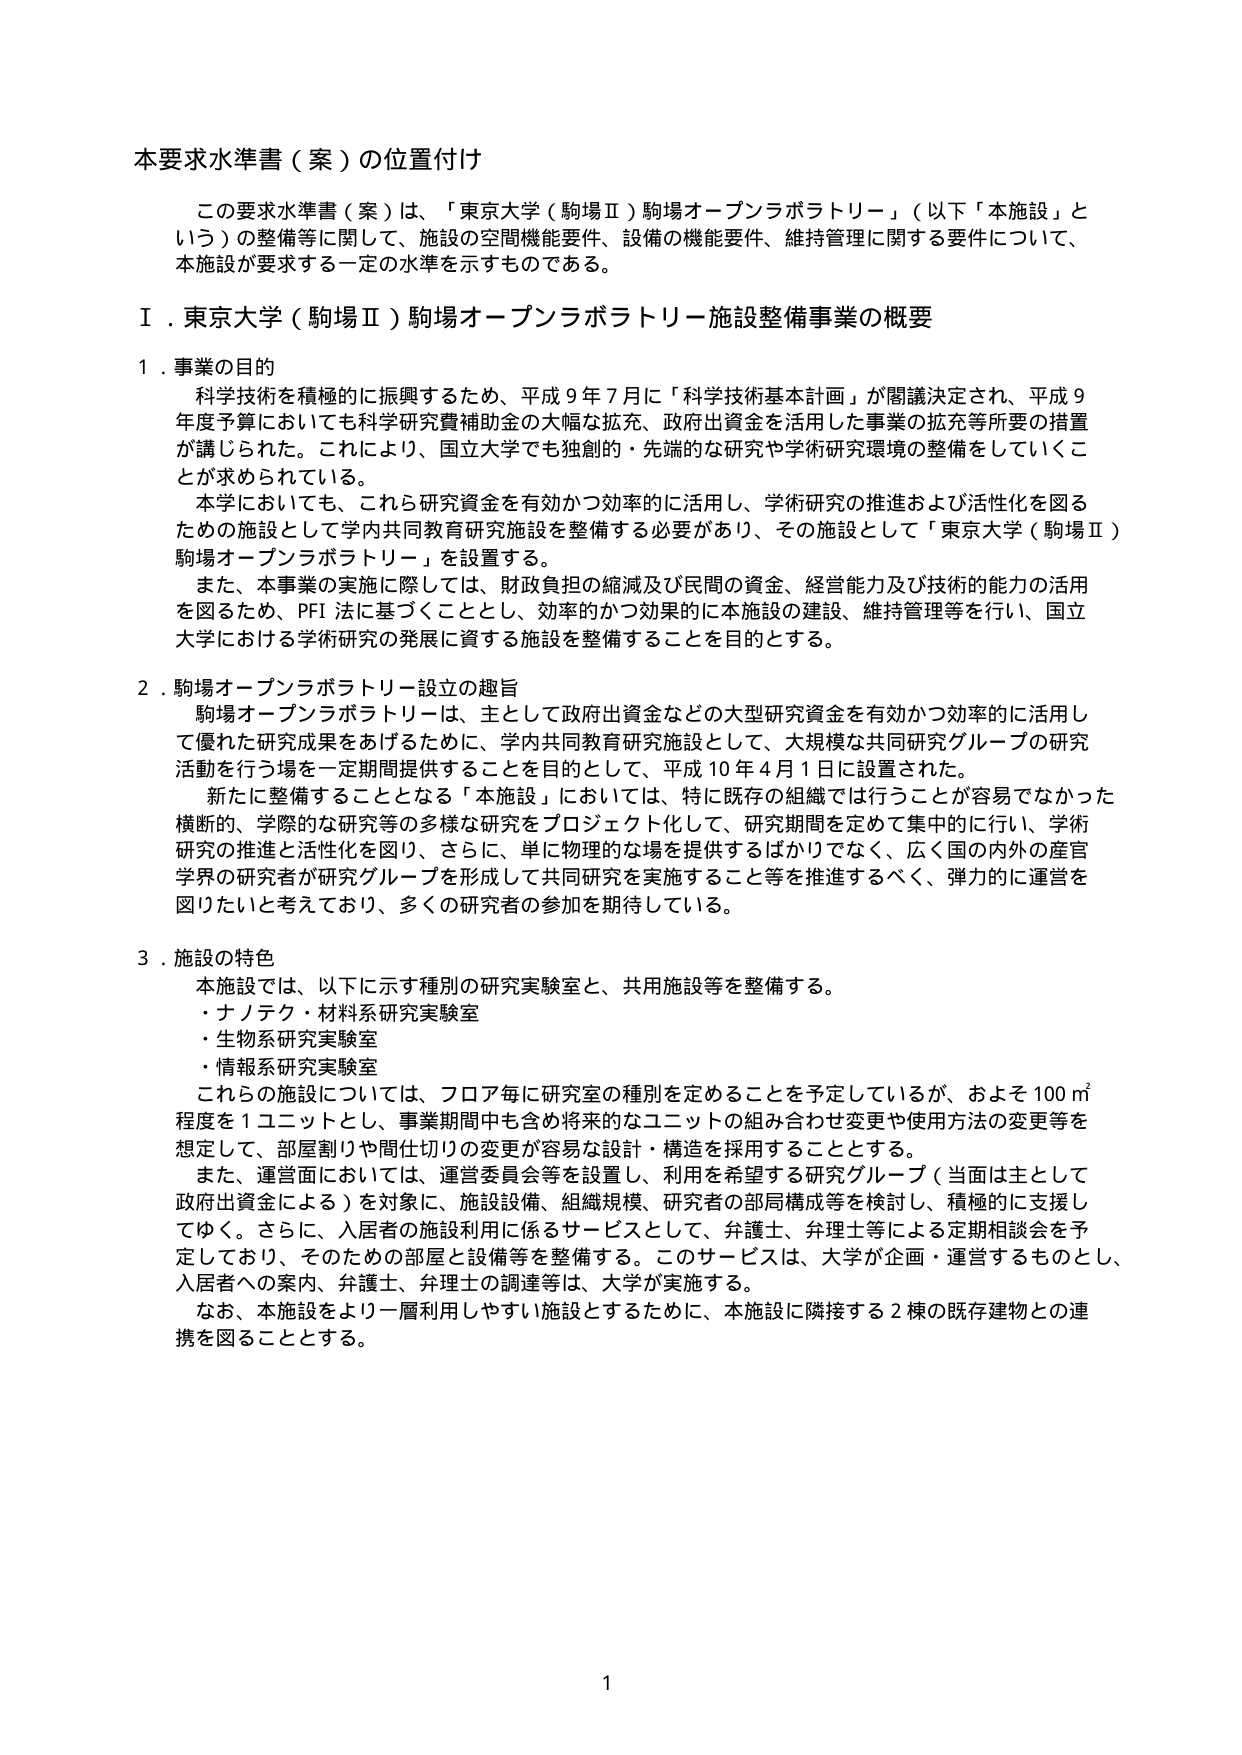
本要求水準書（案）の位置付け

この要求水準書（案）は、「東京大学（駒場Ⅱ）駒場オープンラボラトリー」（以下「本施設」という）の整備等に関して、施設の空間機能要件、設備の機能要件、維持管理に関する要件について、本施設が要求する一定の水準を示すものである。

Ⅰ．東京大学（駒場Ⅱ）駒場オープンラボラトリー施設整備事業の概要

１．事業の目的

科学技術を積極的に振興するため、平成９年７月に「科学技術基本計画」が閣議決定され、平成９年度予算においても科学研究費補助金の大幅な拡充、政府出資金を活用した事業の拡充等所要の措置が講じられた。これにより、国立大学でも独創的・先端的な研究や学術研究環境の整備をしていくことが求められている。

本学においても、これら研究資金を有効かつ効率的に活用し、学術研究の推進および活性化を図るための施設として学内共同教育研究施設を整備する必要があり、その施設として「東京大学（駒場Ⅱ）駒場オープンラボラトリー」を設置する。

また、本事業の実施に際しては、財政負担の縮減及び民間の資金、経営能力及び技術的能力の活用を図るため、PFI法に基づくこととし、効率的かつ効果的に本施設の建設、維持管理等を行い、国立大学における学術研究の発展に資する施設を整備することを目的とする。

２．駒場オープンラボラトリー設立の趣旨

駒場オープンラボラトリーは、主として政府出資金などの大型研究資金を有効かつ効率的に活用して優れた研究成果をあげるために、学内共同教育研究施設として、大規模な共同研究グループの研究活動を行う場を一定期間提供することを目的として、平成10年4月1日に設置された。

新たに整備することとなる「本施設」においては、特に既存の組織では行うことが容易でなかった横断的、学際的な研究等の多様な研究をプロジェクト化して、研究期間を定めて集中的に行い、学術研究の推進と活性化を図り、さらに、単に物理的な場を提供するばかりでなく、広く国の内外の産官学界の研究者が研究グループを形成して共同研究を実施すること等を推進するべく、弾力的に運営を図りたいと考えており、多くの研究者の参加を期待している。

３．施設の特色

本施設では、以下に示す種別の研究実験室と、共用施設等を整備する。
・ナノテク・材料系研究実験室
・生物系研究実験室
・情報系研究実験室

これらの施設については、フロア毎に研究室の種別を定めることを予定しているが、およそ100㎡程度を1ユニットとし、事業期間中も含め将来的なユニットの組み合わせ変更や使用方法の変更等を想定して、部屋割りや間仕切りの変更が容易な設計・構造を採用することとする。

また、運営面においては、運営委員会等を設置し、利用を希望する研究グループ（当面は主として政府出資金による）を対象に、施設設備、組織規模、研究者の部局構成等を検討し、積極的に支援してゆく。さらに、入居者の施設利用に係るサービスとして、弁護士、弁理士等による定期相談会を予定しており、そのための部屋と設備等を整備する。このサービスは、大学が企画・運営するものとし、入居者への案内、弁護士、弁理士の調達等は、大学が実施する。

なお、本施設をより一層利用しやすい施設とするために、本施設に隣接する2棟の既存建物との連携を図ることとする。

1